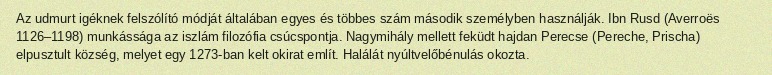
Az udmurt igéknek felszólító módját általában egyes és többes szám második személyben használják. Ibn Rusd (Averroës 1126–1198) munkássága az iszlám filozófia csúcspontja. Nagymihály mellett feküdt hajdan Perecse (Pereche, Prischa) elpusztult község, melyet egy 1273-ban kelt okirat említ. Halálát nyúltvelőbénulás okozta.